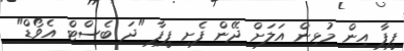
ފީފާ އިން މުޅިން އަލަށް ދޭން ފެށި ފީފާ "ދަ ބެސްޓް އެވޯޑް"